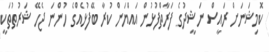
ކޮމިޝަނަށް ރައީސް ނަޝީދުގެ ފަރާތްފުޅުން އައްޔަން ކުރާ ބޭފުޅެއްގެ ހުންނަ ޖެހޭ ޝަރުތުތަކީ